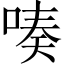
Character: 𠸫